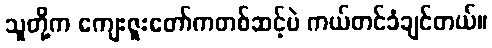
သူတို့က ကျေးဇူးတော်ကတစ်ဆင့်ပဲ ကယ်တင်ခံချင်တယ်။